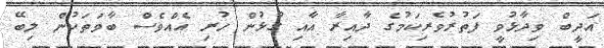
އަދީބް ވިދާޅުވީ ފަތުރުވެރިކަމުގެ ދާއިރާ އާއި ގުޅުން ހުރި އެއްވެސް ބާވަތަކުން ލިބޭ